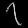
Digit: ၇